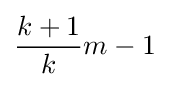
{\frac {k+1}{k}}m-1